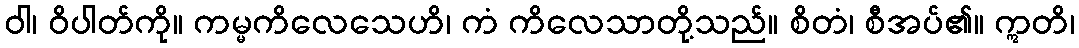
ဝါ၊ ဝိပါတ်ကို။ ကမ္မကိလေသေဟိ၊ ကံ ကိလေသာတို့သည်။ စိတံ၊ စီအပ်၏။ ဣတိ၊